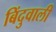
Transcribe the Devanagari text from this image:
बिंदुवाली